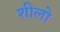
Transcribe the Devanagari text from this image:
शीलो